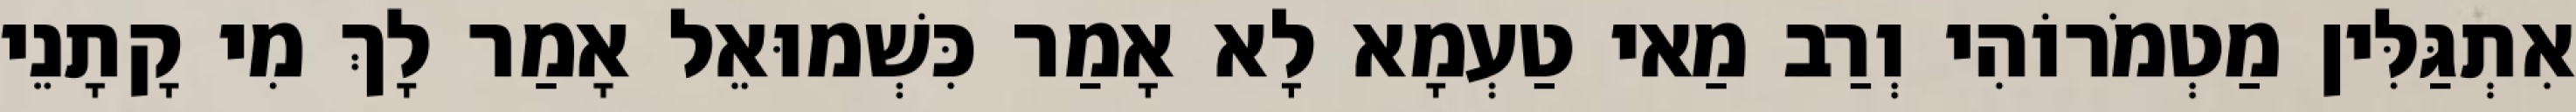
אִתְגַּלִּין מַטְמֹרוֹהִי וְרַב מַאי טַעְמָא לָא אָמַר כִּשְׁמוּאֵל אָמַר לָךְ מִי קָתָנֵי